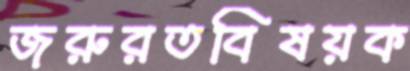
জরুরতবিষয়ক